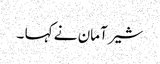
شیر آمان نے کہا ۔